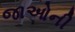
જાઓની